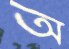
অ